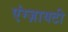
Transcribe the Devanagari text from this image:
एंग्ज़ायटी